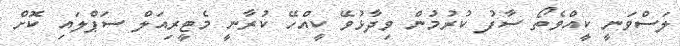
ލަސްވަނީ ކީއްވެތޯ ސާފު ކުރުމުން ވިދާޅުވޭ ކީއްހޭ ކުރާނީ މެޓީރިއަލް ސަޕްލައި ކޮށް